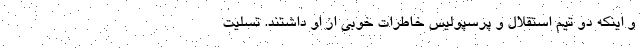
و اینکه دو تیم استقلال و پرسپولیس خاطرات خوبی از او داشتند. تسلیت